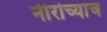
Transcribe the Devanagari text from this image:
नीरोच्याच